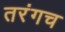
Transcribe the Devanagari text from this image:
तरंगच